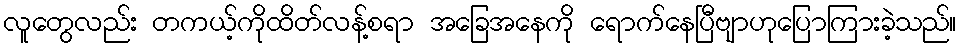
လူတွေလည်း တကယ့်ကိုထိတ်လန့်စရာ အခြေအနေကို ရောက်နေပြီဗျာဟုပြောကြားခဲ့သည်။